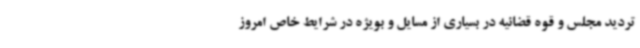
تردید مجلس و قوه قضائیه در بسیاری از مسایل و بویژه در شرایط خاص امروز